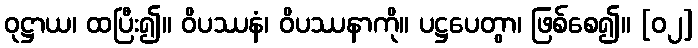
ဝုဋ္ဌာယ၊ ထပြီး၍။ ဝိပဿနံ၊ ဝိပဿနာကို။ ပဋ္ဌပေတွာ၊ ဖြစ်စေ၍။ [၀၂]